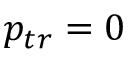
p _ { t r } = 0